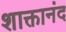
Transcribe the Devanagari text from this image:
शाक्तानंद